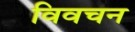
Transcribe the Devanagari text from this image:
विवचन